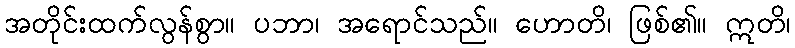
အတိုင်းထက်လွန်စွာ။ ပဘာ၊ အရောင်သည်။ ဟောတိ၊ ဖြစ်၏။ ဣတိ၊